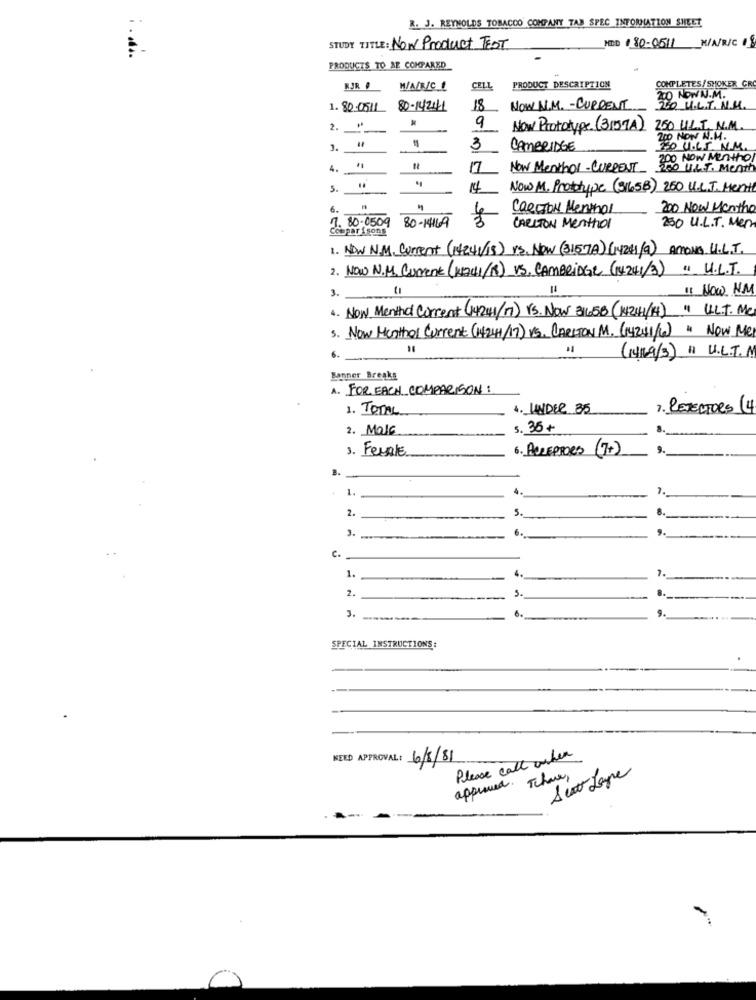
R. J. REYNOLDS TOBACCO COMPANY TAB SPEC INFORMATION SHEET
HED 180-0511 M/V/R/C
STUDY TITLE: Now Product TEST
PRODUCTS TO AE COMPARED
COMPLETES/ SHOKER CR
RJR
M/A/RIC _!
CELL
PRODUCT DESCRIPTION
200 NOW'N.M.
1. 80.0511
80-142441
18
NOW N.M. - CURRENT
220 U.L.T. N.M.
2.
9
Now Prototype (3159A)
250 ULT N.M.
3.
3
CAMBRIDGE
30 U.65. N.M.
Now Menthol-CURRENT 200 Now Mentho
4.
17
UL.T. Mentt
5.
14
Now M. Prototype (31658) 250 U.L.J. Menti
6.
CORTON Menthol
200 Now Menthe
Comparisons
7. 80-0509 80-1169
CARLTON Menthol
250 U.L.T. Men
1. NOW N.M. Current (14241/15) vs. Now (31578) (14241 /9) AMONA U.L.T.
2. Now N.M. Current (KACI/R) VS. CAMBRIDGE (14241/3) " U.L.T.
3.
11 Now NM
4. Now Menthal Current (14241/1) rs. Now 31658 (1421H1/14) " U.L.T. Me
5. Now Menthol Current (14241/17) VS. CARLTON M. (14241/6) " NOW Me
(1469/3) " U.L.T.M
Banner Breaks
A. FOR EACH COMPARISON :
1. TOTAL
4. UNDER 35
7. REJECTORS (4
2. Mais
5. 35+
3. Female
6. AULEPPORS (7+)
B.
1.
4.
7.
2.
5.
-
J.
c.
7.
1.
4.
2.
5.
-
3.
6.
SPECIAL INSTRUCTIONS:
KEED APPROVAL: 6/8/81
Please call when
Seat Lope
approved. There,